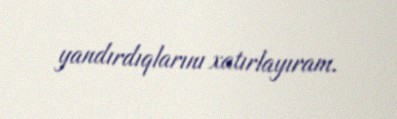
yandırdıqlarını xatırlayıram.